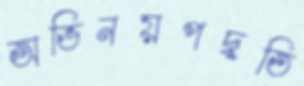
অভিনয়পদ্ধতি